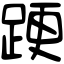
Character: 𨁈